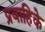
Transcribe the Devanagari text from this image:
प्रवाहिके